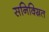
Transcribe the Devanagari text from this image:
सनिक्स्रित